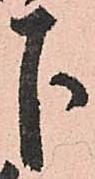
下